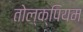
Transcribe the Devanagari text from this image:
तोल्क्पियम